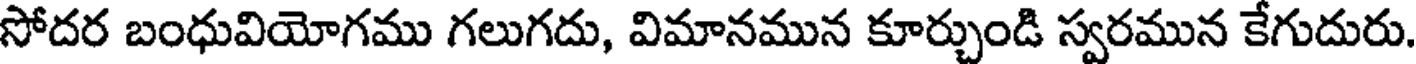
సోదర బంధువియోగము గలుగదు, విమానమున కూర్చుండి స్వరమున కేగుదురు